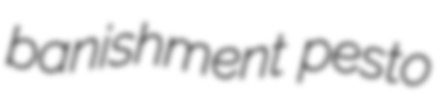
banishment pesto